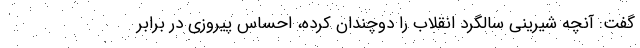
گفت: آنچه شیرینی سالگرد انقلاب را دوچندان کرده، احساس پیروزی در برابر